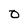
Character: O